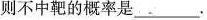
则不中靶的概率是___。